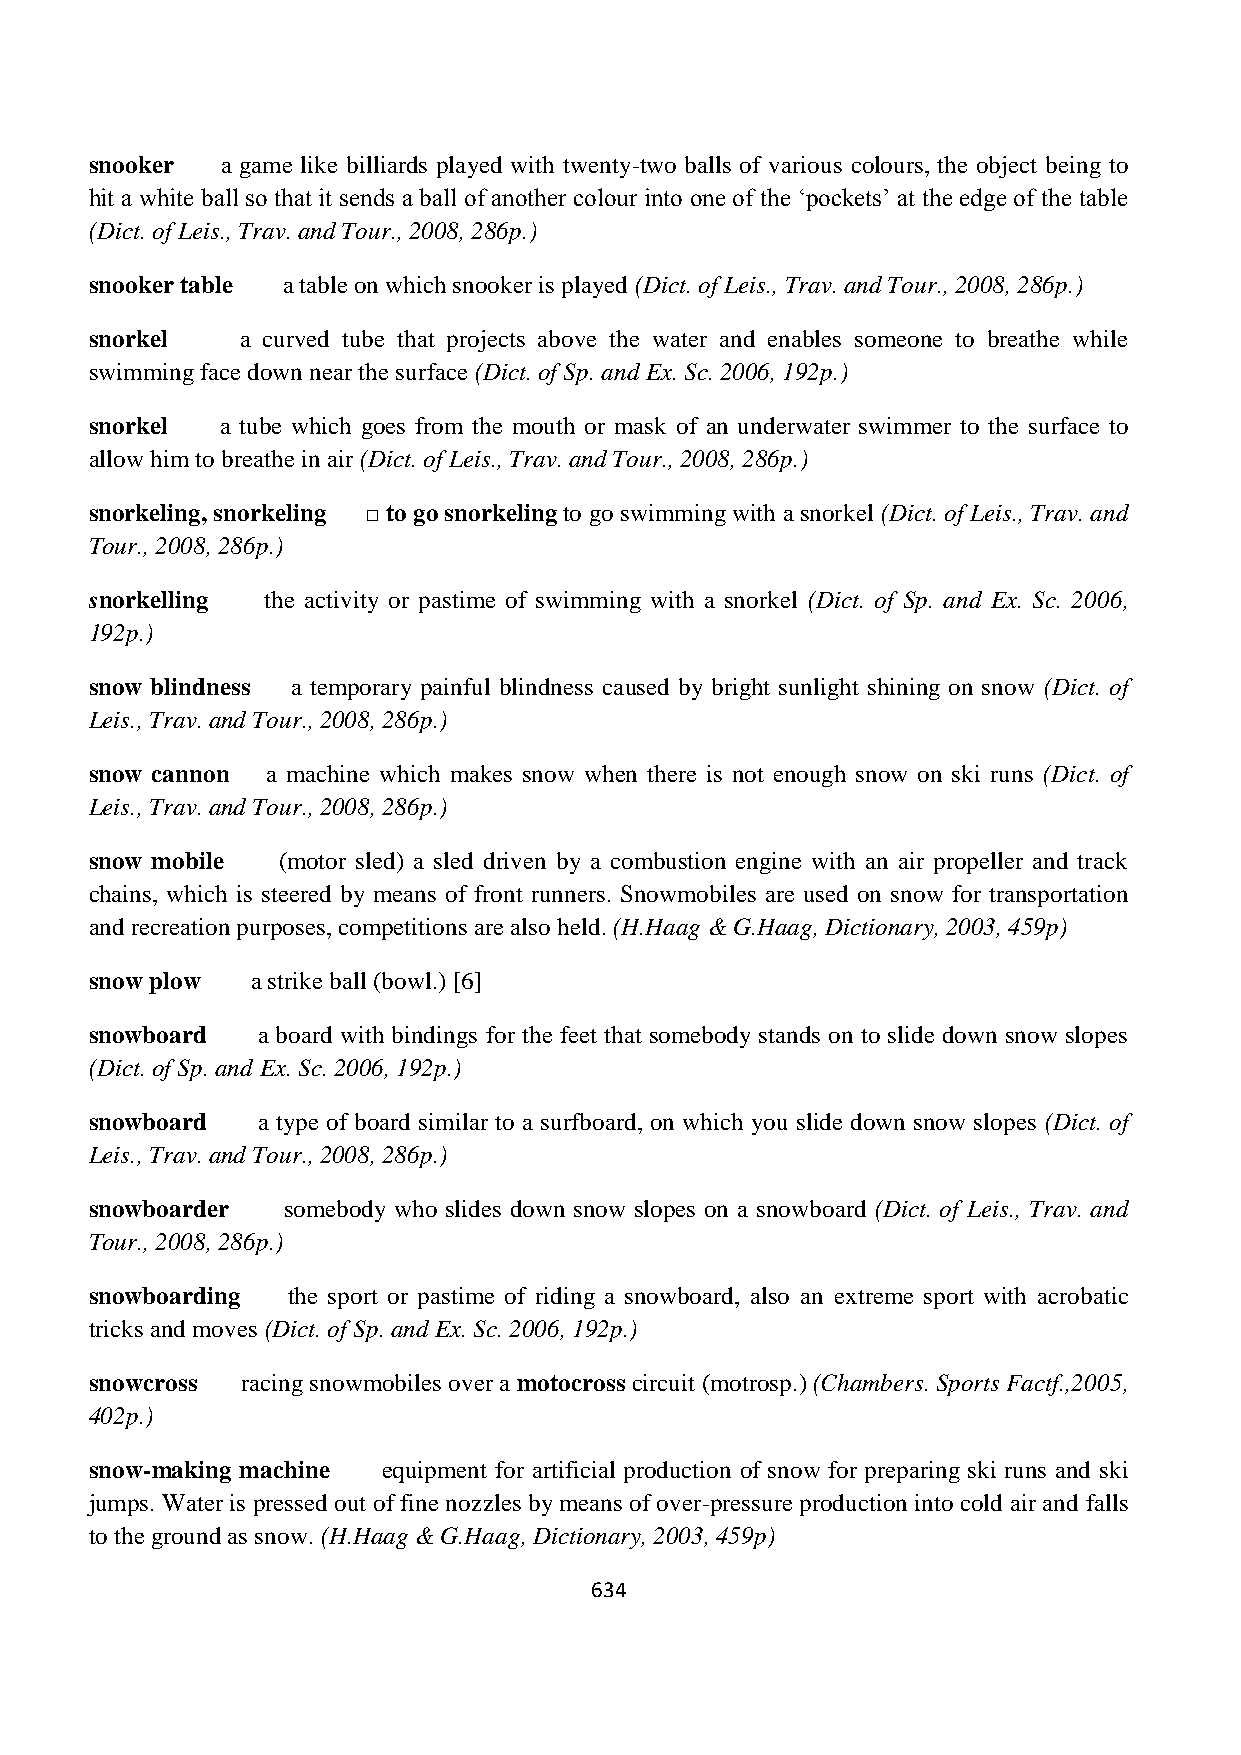
snooker  a game like billiards played with twenty-two balls of various colours, the object being to
 hit a white ball so that it sends a ball of another colour into one of the „pockets‟ at the edge of the table
 (Dict. of Leis., Trav. and Tour., 2008, 286p.)
 snooker table a table on which snooker is played (Dict. of Leis., Trav. and Tour., 2008, 286p.)
 snorkel   a curved tube that projects above the water and enables someone to breathe while
 swimming face down near the surface (Dict. of Sp. and Ex. Sc. 2006, 192p.)
 snorkel  a tube which goes from the mouth or mask of an underwater swimmer to the surface to
 allow him to breathe in air (Dict. of Leis., Trav. and Tour., 2008, 286p.)
 snorkeling, snorkeling □ to go snorkeling to go swimming with a snorkel (Dict. of Leis., Trav. and
 Tour., 2008, 286p.)
 snorkelling the activity or pastime of swimming with a snorkel (Dict. of Sp. and Ex. Sc. 2006,
 192p.)
 snow blindness a temporary painful blindness caused by bright sunlight shining on snow (Dict. of
 Leis., Trav. and Tour., 2008, 286p.)
 snow cannon a machine which makes snow when there is not enough snow on ski runs (Dict. of
 Leis., Trav. and Tour., 2008, 286p.)
 snow mobile (motor sled) a sled driven by a combustion engine with an air propeller and track
 chains, which is steered by means of front runners. Snowmobiles are used on snow for transportation
 and recreation purposes, competitions are also held. (H.Haag & G.Haag, Dictionary, 2003, 459p)
 snow plow  a strike ball (bowl.) [6]
 snowboard  a board with bindings for the feet that somebody stands on to slide down snow slopes
 (Dict. of Sp. and Ex. Sc. 2006, 192p.)
 snowboard  a type of board similar to a surfboard, on which you slide down snow slopes (Dict. of
 Leis., Trav. and Tour., 2008, 286p.)
 snowboarder  somebody who slides down snow slopes on a snowboard (Dict. of Leis., Trav. and
 Tour., 2008, 286p.)
 snowboarding the sport or pastime of riding a snowboard, also an extreme sport with acrobatic
 tricks and moves (Dict. of Sp. and Ex. Sc. 2006, 192p.)
 snowcross racing snowmobiles over a motocross circuit (motrosp.) (Chambers. Sports Factf.,2005,
 402p.)
 snow-making machine equipment for artificial production of snow for preparing ski runs and ski
 jumps. Water is pressed out of fine nozzles by means of over-pressure production into cold air and falls
 to the ground as snow. (H.Haag & G.Haag, Dictionary, 2003, 459p)
 634